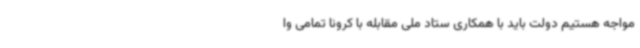
مواجه هستیم دولت باید با همکاری ستاد ملی مقابله با کرونا تمامی وا